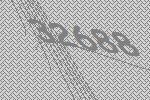
32688